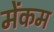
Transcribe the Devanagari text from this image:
मेंकम